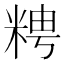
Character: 𥺒